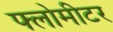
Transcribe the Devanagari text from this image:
फ्लोमीटर